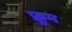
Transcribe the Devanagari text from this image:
फ्रूम